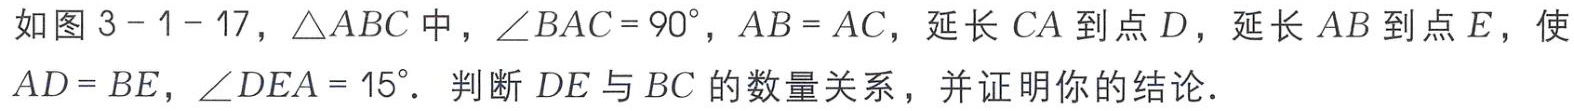
如图 3 - 1 - 17，\(\triangle ABC\)中，\(\angle BAC = 90^{\circ}\)，\(AB = AC\)，延长 \(CA\)到点 \(D\)，延长 \(AB\)到点 \(E\)，使 \(AD = BE\)，\(\angle DEA = 15^{\circ}\)．判断 \(DE\)与 \(BC\)的数量关系，并证明你的结论．